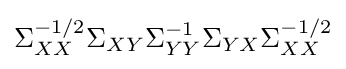
\Sigma _{XX}^{-1/2}\Sigma _{XY}\Sigma _{YY}^{-1}\Sigma _{YX}\Sigma _{XX}^{-1/2}